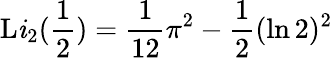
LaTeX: \operatorname{L\mathit{i}}_{2}({\frac{{1}}{{2}}})={\frac{{1}}{{12}}}\pi^{2}-{\frac{{1}}{{2}}}(\ln2)^{2}